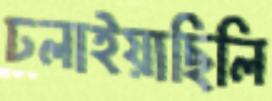
ঢলাইয়াছিলি